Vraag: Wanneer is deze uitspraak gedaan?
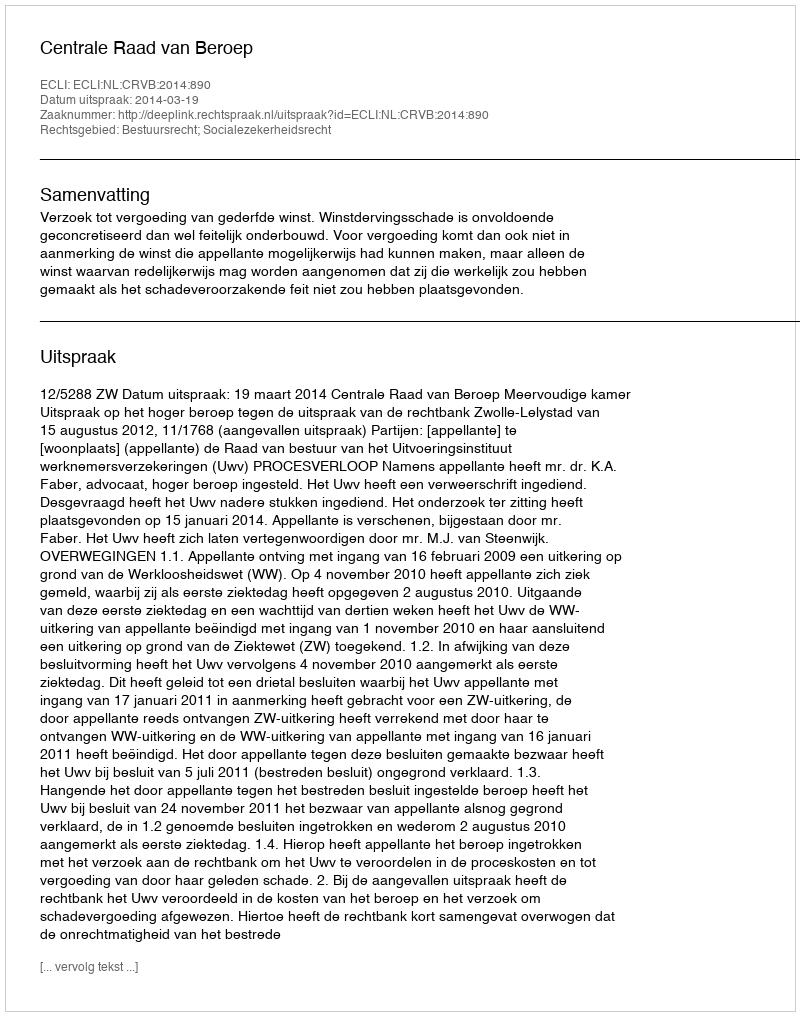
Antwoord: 2014-03-19